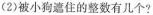
(2)被小狗遮住的整数有几个?